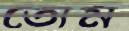
তোম